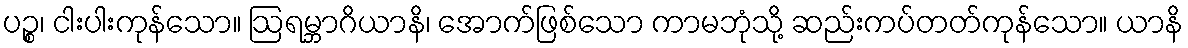
ပဉ္စ၊ ငါးပါးကုန်သော။ ဩရမ္ဘာဂိယာနိ၊ အောက်ဖြစ်သော ကာမဘုံသို့ ဆည်းကပ်တတ်ကုန်သော။ ယာနိ